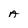
Character: A